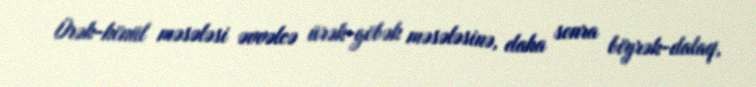
Ürək-könül məsələsi əvvəlcə ürək-göbək məsələsinə, daha sonra böyrək-dalaq,